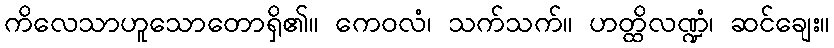
ကိလေသာဟူသောတောရှိ၏။ ကေဝလံ၊ သက်သက်။ ဟတ္ထိလဏ္ဍံ၊ ဆင်ချေး။